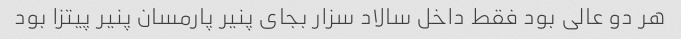
هر دو عالی بود فقط داخل سالاد سزار بجای پنیر پارمسان پنیر پیتزا بود